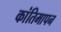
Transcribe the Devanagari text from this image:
कांतिमापन